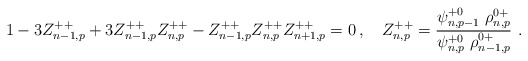
\begin{align*} 1-3Z^{++}_{n-1,p}+3Z^{++}_{n-1,p}Z^{++}_{n,p}-Z^{++}_{n-1,p}Z^{++}_{n,p}Z^{++}_{n+1,p}=0\,, \quad Z^{++}_{n,p}=\frac{ \psi^{+0}_{n,p-1}\ \rho^{0+}_{n,p}}{\psi^{+0}_{n,p}\ \rho^{0+}_{n-1,p}} \ .\end{align*}